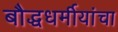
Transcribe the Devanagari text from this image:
बौद्धधर्मीयांचा